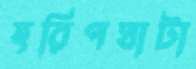
হরিণঘাটা